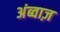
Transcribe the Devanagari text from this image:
अंब्वाज़